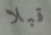
قبلا